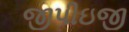
જીપીઇજી